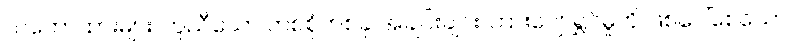
သဘောထားများ၊ တူညီသော တစ်စုံတစ်ခု အချင်းချင်း ကြားပျော်ရွှင်မှုကို ဖြစ်ပေါ်စေသော